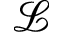
\mathcal { L }